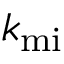
k _ { \mathrm { m i } }